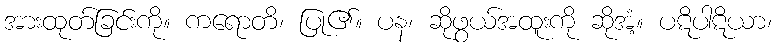
အားထုတ်ခြင်းကို။ ကရောတိ၊ ပြု၏။ ပန၊ ဆိုဖွယ်အထူးကို ဆိုအံ့။ ပဋိပါဋိယာ၊